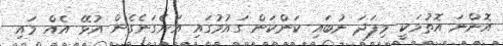
އޮންނަ އޮތުމަކީ މިފަދަ ނުބައި ކަންކަން ގައުމުގައި އަށެގަނެގެން އުޅޭ އެއް މައި